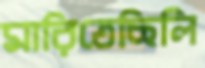
মারিতেছিলি